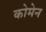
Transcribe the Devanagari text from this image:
कोमेन